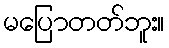
မပြောတတ်ဘူး။